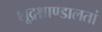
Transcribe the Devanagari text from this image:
शूद्रश्चाण्डालतां